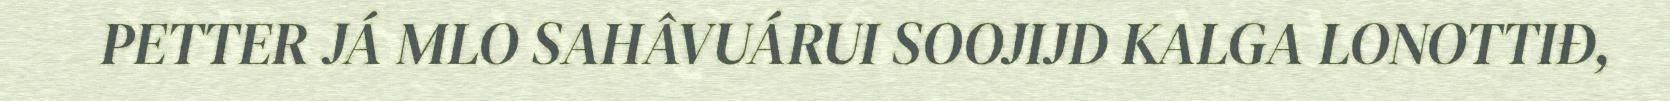
PETTER JÁ MLO SAHÂVUÁRUI SOOJIJD KALGA LONOTTIĐ,